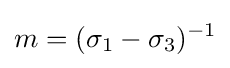
m=(\sigma _{1}-\sigma _{3})^{-1}